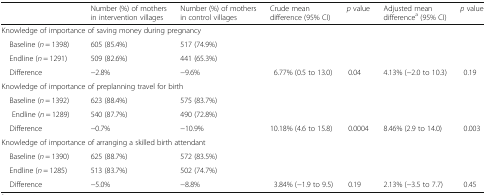
|  |  | Number (%) of mothers in intervention villages | Number (%) of mothers in control villages | Crude mean difference (95% CI) | p value | Adjusted mean differencea (95% CI) | p value |
 | --- | --- | --- | --- | --- | --- | --- | --- |
 | <COLSPAN=8> Knowledge of importance of saving money during pregnancy |
 | <COLSPAN=2> Baseline (n = 1398) | 605 (85.4%) | 517 (74.9%) |  |  |  |  |
 | <COLSPAN=2> Endline (n = 1291) | 509 (82.6%) | 441 (65.3%) |  |  |  |  |
 | <COLSPAN=2> Difference | −2.8% | −9.6% | 6.77% (0.5 to 13.0) | 0.04 | 4.13% (−2.0 to 10.3) | 0.19 |
 | <COLSPAN=8> Knowledge of importance of preplanning travel for birth |
 | <COLSPAN=2> Baseline (n = 1392) | 623 (88.4%) | 575 (83.7%) |  |  |  |  |
 | <COLSPAN=2> Endline (n = 1289) | 540 (87.7%) | 490 (72.8%) |  |  |  |  |
 | <COLSPAN=2> Difference | −0.7% | −10.9% | 10.18% (4.6 to 15.8) | 0.0004 | 8.46% (2.9 to 14.0) | 0.003 |
 | <COLSPAN=8> Knowledge of importance of arranging a skilled birth attendant |
 | <COLSPAN=2> Baseline (n = 1390) | 625 (88.7%) | 572 (83.5%) |  |  |  |  |
 | <COLSPAN=2> Endline (n = 1285) | 513 (83.7%) | 502 (74.7%) |  |  |  |  |
 | <COLSPAN=2> Difference | −5.0% | −8.8% | 3.84% (−1.9 to 9.5) | 0.19 | 2.13% (−3.5 to 7.7) | 0.45 |